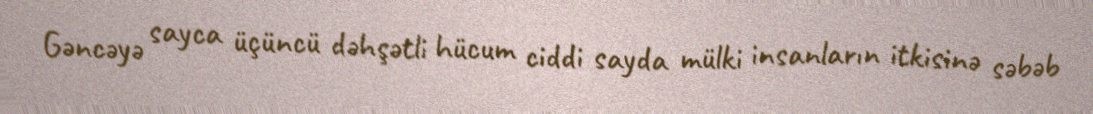
Gəncəyə sayca üçüncü dəhşətli hücum ciddi sayda mülki insanların itkisinə səbəb